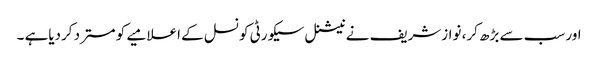
اور سب سے بڑھ کر، نوازشریف نے نیشنل سیکورٹی کونسل کے اعلامیے کو مسترد کردیاہے ۔